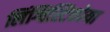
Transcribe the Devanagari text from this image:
लिंग्विस्टिकोया